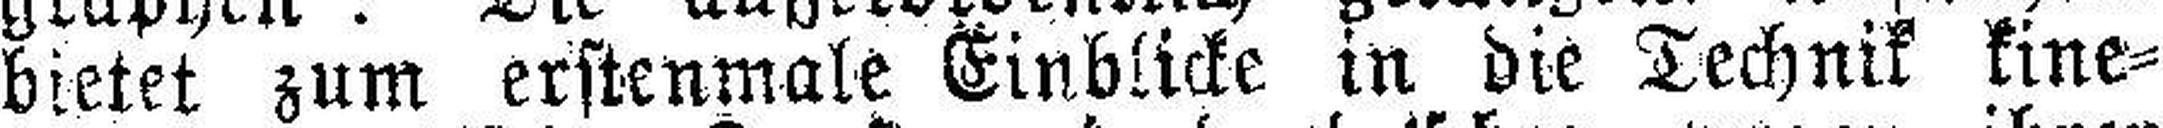
bietet zum erstenmale Einblicke in die Technik kine¬